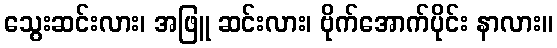
သွေးဆင်းလား၊ အဖြူ ဆင်းလား၊ ဗိုက်အောက်ပိုင်း နာလား။